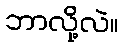
ဘာလို့လဲ။